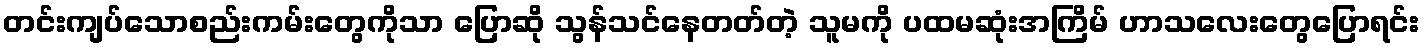
တင်းကျပ်သောစည်းကမ်းတွေကိုသာ ပြောဆို သွန်သင်နေတတ်တဲ့ သူမကို ပထမဆုံးအကြိမ် ဟာသလေးတွေပြောရင်း